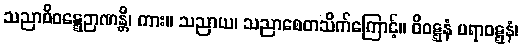
သညာဝိဝဋ္ဋေဉာဏန္တိ၊ ကား။ သညာယ၊ သညာစေတသိက်ကြောင့်။ ဝိဝဋ္ဋနံ ပရာဝဋ္ဋနံ၊